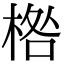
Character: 𣓌